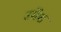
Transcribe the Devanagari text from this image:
उमेंश